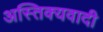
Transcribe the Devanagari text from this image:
अस्तिक्यवादी